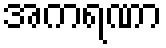
အကရဏာ